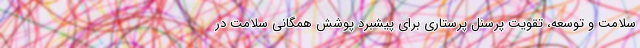
سلامت و توسعه، تقویت پرسنل پرستاری برای پیشبرد پوشش همگانی سلامت در